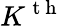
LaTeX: {{K}^{\mathrm{~t~h~}}}